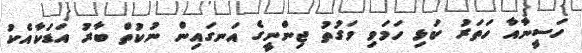
ހަސީނާއާ ހަތަރު ކަޅި ހަމަވި ވަގުތު ޖިންނީގެ އަނގައިން ނުކުތް ބާރު އަޑަކާއެކު